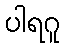
ပါရဂူ